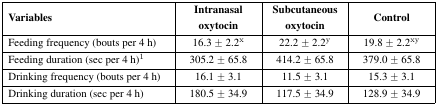
| Variables | Intranasal oxytocin | Subcutaneous oxytocin | Control |
 | --- | --- | --- | --- |
 | Feeding frequency (bouts per 4 h) | 16.3 ± 2.2x | 22.2 ± 2.2y | 19.8 ± 2.2xy |
 | Feeding duration (sec per 4 h)1 | 305.2 ± 65.8 | 414.2 ± 65.8 | 379.0 ± 65.8 |
 | Drinking frequency (bouts per 4 h) | 16.1 ± 3.1 | 11.5 ± 3.1 | 15.3 ± 3.1 |
 | Drinking duration (sec per 4 h) | 180.5 ± 34.9 | 117.5 ± 34.9 | 128.9 ± 34.9 |